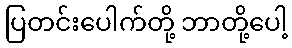
ပြတင်းပေါက်တို့ ဘာတို့ပေါ့